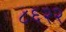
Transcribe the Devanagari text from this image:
८६२२